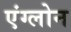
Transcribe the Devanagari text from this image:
एंग्लोन